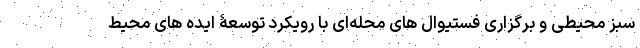
سبز محیطی و برگزاری فستیوال های محله‌ای با رویکرد توسعۀ ایده های محیط